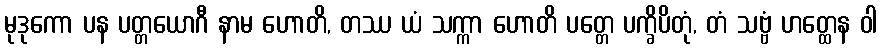
မုဒုကော ပန ပတ္တယောဂီ နာမ ဟောတိ, တဿ ယံ သက္ကာ ဟောတိ ပတ္တေ ပက္ခိပိတုံ, တံ သဗ္ဗံ ဟတ္ထေန ဝါ